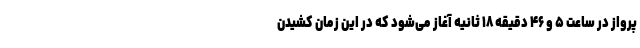
پرواز در ساعت ۵ و ۴۶ دقیقه ۱۸ ثانیه آغاز می‌شود که در این زمان کشیدن